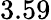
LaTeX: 3.59